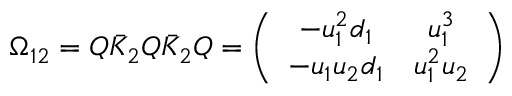
\Omega _ { 1 2 } = Q \bar { K } _ { 2 } Q \bar { K } _ { 2 } Q = \left( \begin{array} { c c } { { - u _ { 1 } ^ { 2 } d _ { 1 } } } & { { u _ { 1 } ^ { 3 } } } \\ { { - u _ { 1 } u _ { 2 } d _ { 1 } } } & { { u _ { 1 } ^ { 2 } u _ { 2 } } } \end{array} \right)